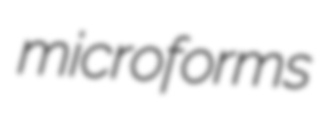
microforms